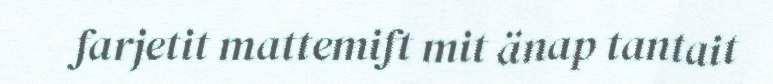
farjetit mattemift mit änap tantait